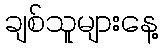
ချစ်သူများနေ့